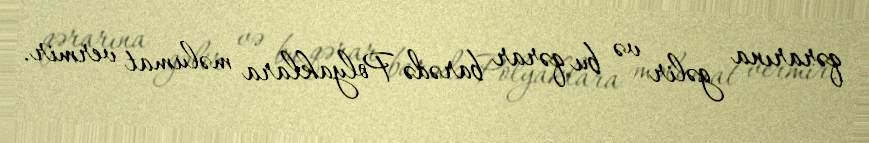
qərarına gəlir və bu qərar barədə Polyaklara məlumat vermir.